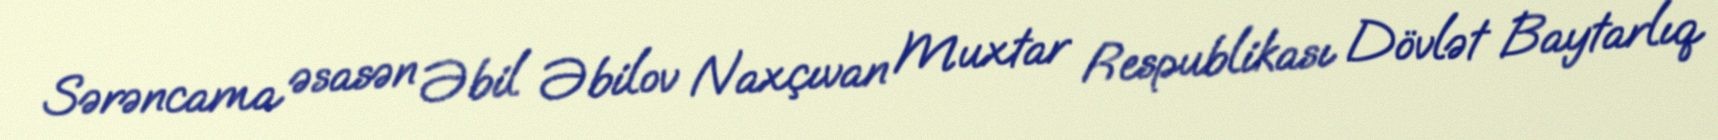
Sərəncama əsasən Əbil Əbilov Naxçıvan Muxtar Respublikası Dövlət Baytarlıq